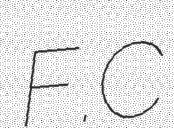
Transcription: F.C